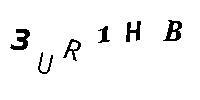
3UR1HB